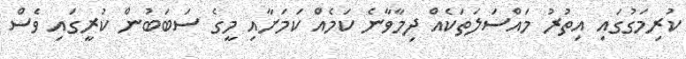
ކުރިމަގުގައި އިތުރު މައްސަލަތަކެއް ދިމާވާނެ ކަމެއް ކަމަށާއި މީގެ ސަބަބުން ކުރީގައި ވެސް